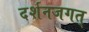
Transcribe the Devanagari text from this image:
दर्शनजगत्